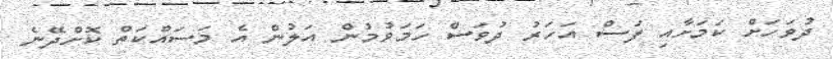
ދުވަހަށް ކަމަށާއި ފަސް އަހަރު ދުވަސް ހަމަވުމުން އަލުން އެ މަސައްކަތް ކޮށްދޭނެ